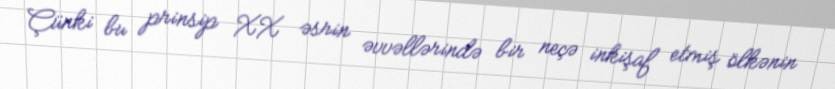
Çünki bu prinsip XX əsrin əvvəllərində bir neçə inkişaf etmiş ölkənin